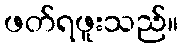
ဖတ်ရဖူးသည်။